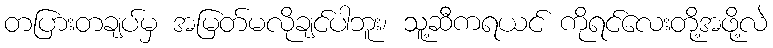
တပြားတချပ်မှ အမြတ်မလိုချင်ပါဘူး၊ သူ့ဆီကရယင် ကိုရင်လေးတို့အဖို့လဲ